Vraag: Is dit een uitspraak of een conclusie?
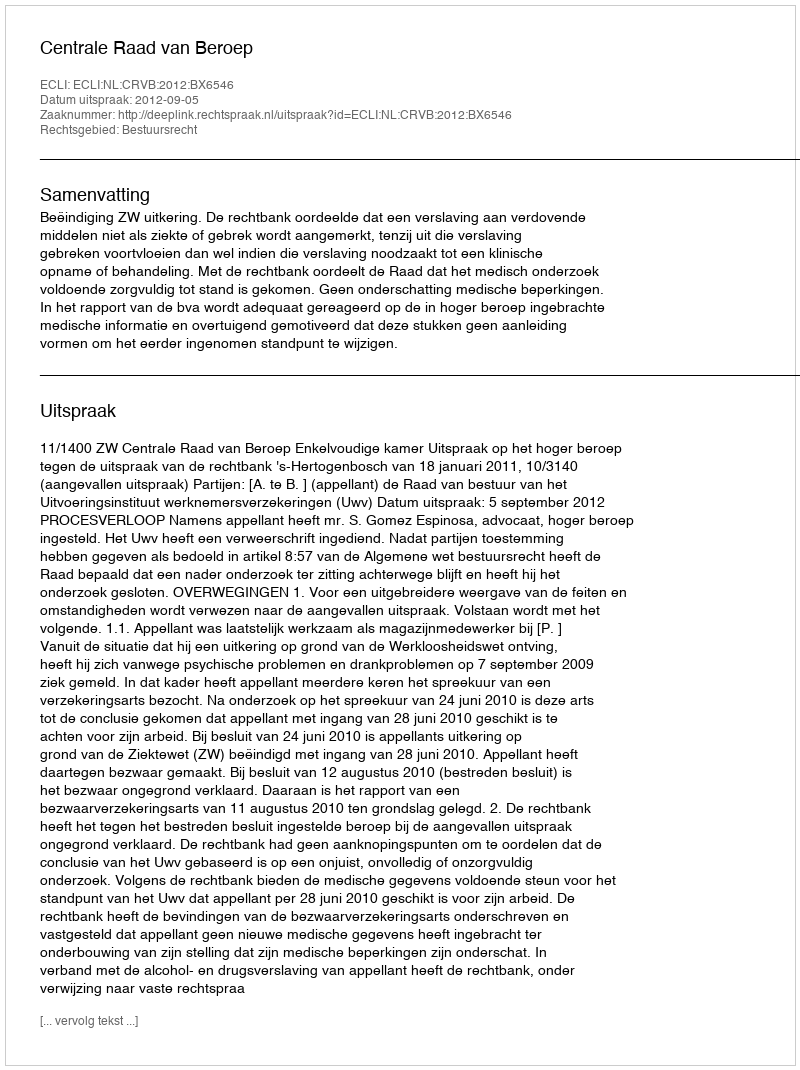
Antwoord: Uitspraak